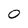
Character: 0